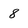
Character: 8